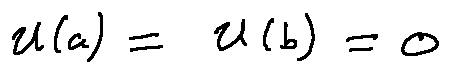
u ( a ) = u ( b ) = 0